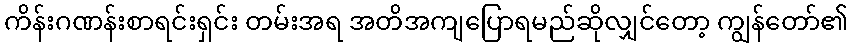
ကိန်းဂဏန်းစာရင်းရှင်း တမ်းအရ အတိအကျပြောရမည်ဆိုလျှင်တော့ ကျွန်တော်၏